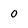
Character: O